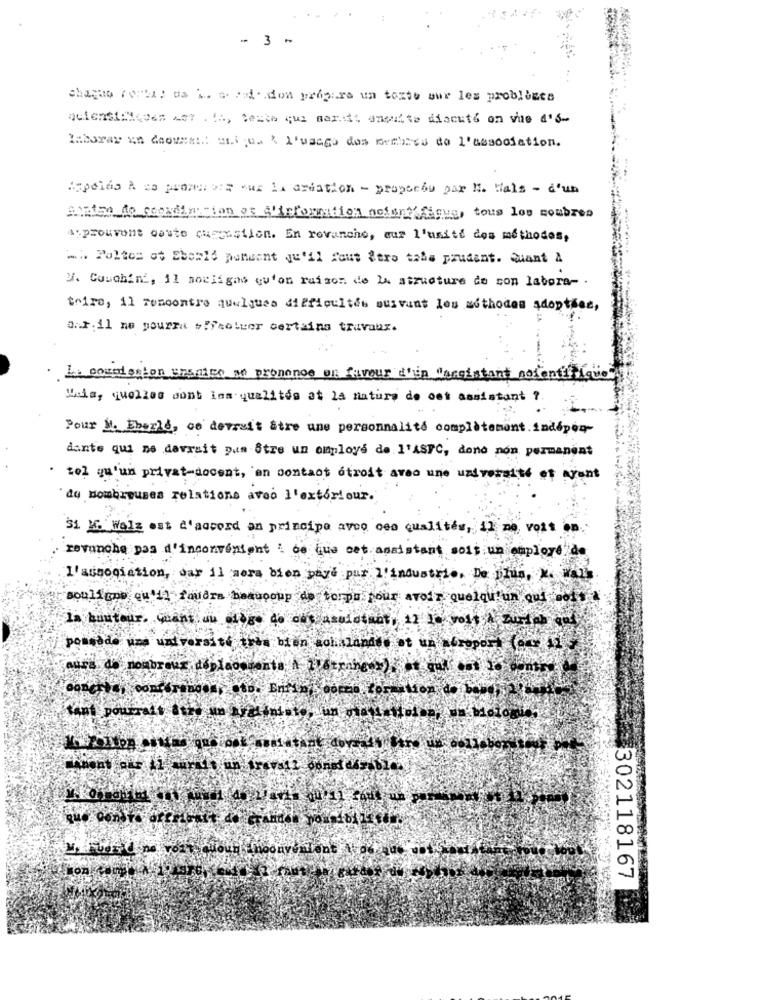
-3 -
chaque ( phil da i. e. vid. don prepare un texte sur les probligts
Autenti:Meden cet . ta, testa que mart ansatte discuto on the d'6-
laborar in deovest .: ali qua \ l'usage des membres de l'association.
Appelas A es punnero:s wuz li ardation - propordu par H. Hals - d'un
alife de cocadinition of A'icformation nofeny' figue, tous los soubres
Asprouvent caute cuestion. En revanche, our l'unité dos méthodes,
.à Politen ot Ebsaid pensent qu'il faut Zero taba prudent. Quant A
V. Couchin, il nocligas qu'on raison de la structure de son labora- .
toire, il rencontre quelques difficultés suivant les methodes adoptées,
a.r.il ne pourra sicoluer certains travaux.
La commission spanien se prononce on favour thin faceistant notentifique
Mais, quelles sont ins qualités at la natura de oet assistant ?.
Pour M. Eberle, ce devruit stre une personnalité complètement. indepeq-
dante qui ne devrait pas être un employé de l'ASPC, dono non permanent
· tel qu'un privat-docent, en contact étroit aves une université et ayant
de nombreuses relations avec l'extérieur.
31. M. Walz est d'accord an principe avec ces qualités, il me vois on
revanche pas d'inconvénient : de que set assistant sois un employé de
l'association, dar il mera bien paye pur l'industrie. De plus, .
souligne qu'il faudra beaucoup de temps pour avoir quelqu'un qui body
In bustour. want an alogo do our asulotmat, 11 10 volt zuriel and
possède una université iris bien achalandte et un bropory (or
cours de nombreux doplacements \ I'dtranees) at aal on 10
302118167